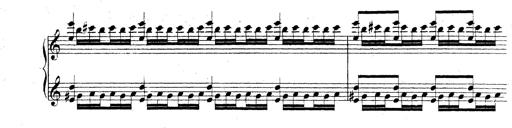
Title: Technische Studien
Composer: Franz Liszt